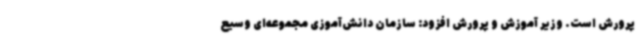
پرورش است. وزیر آموزش و پرورش افزود: سازمان دانش‌آموزی مجموعه‌ای وسیع